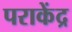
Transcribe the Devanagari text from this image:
पराकेंद्र